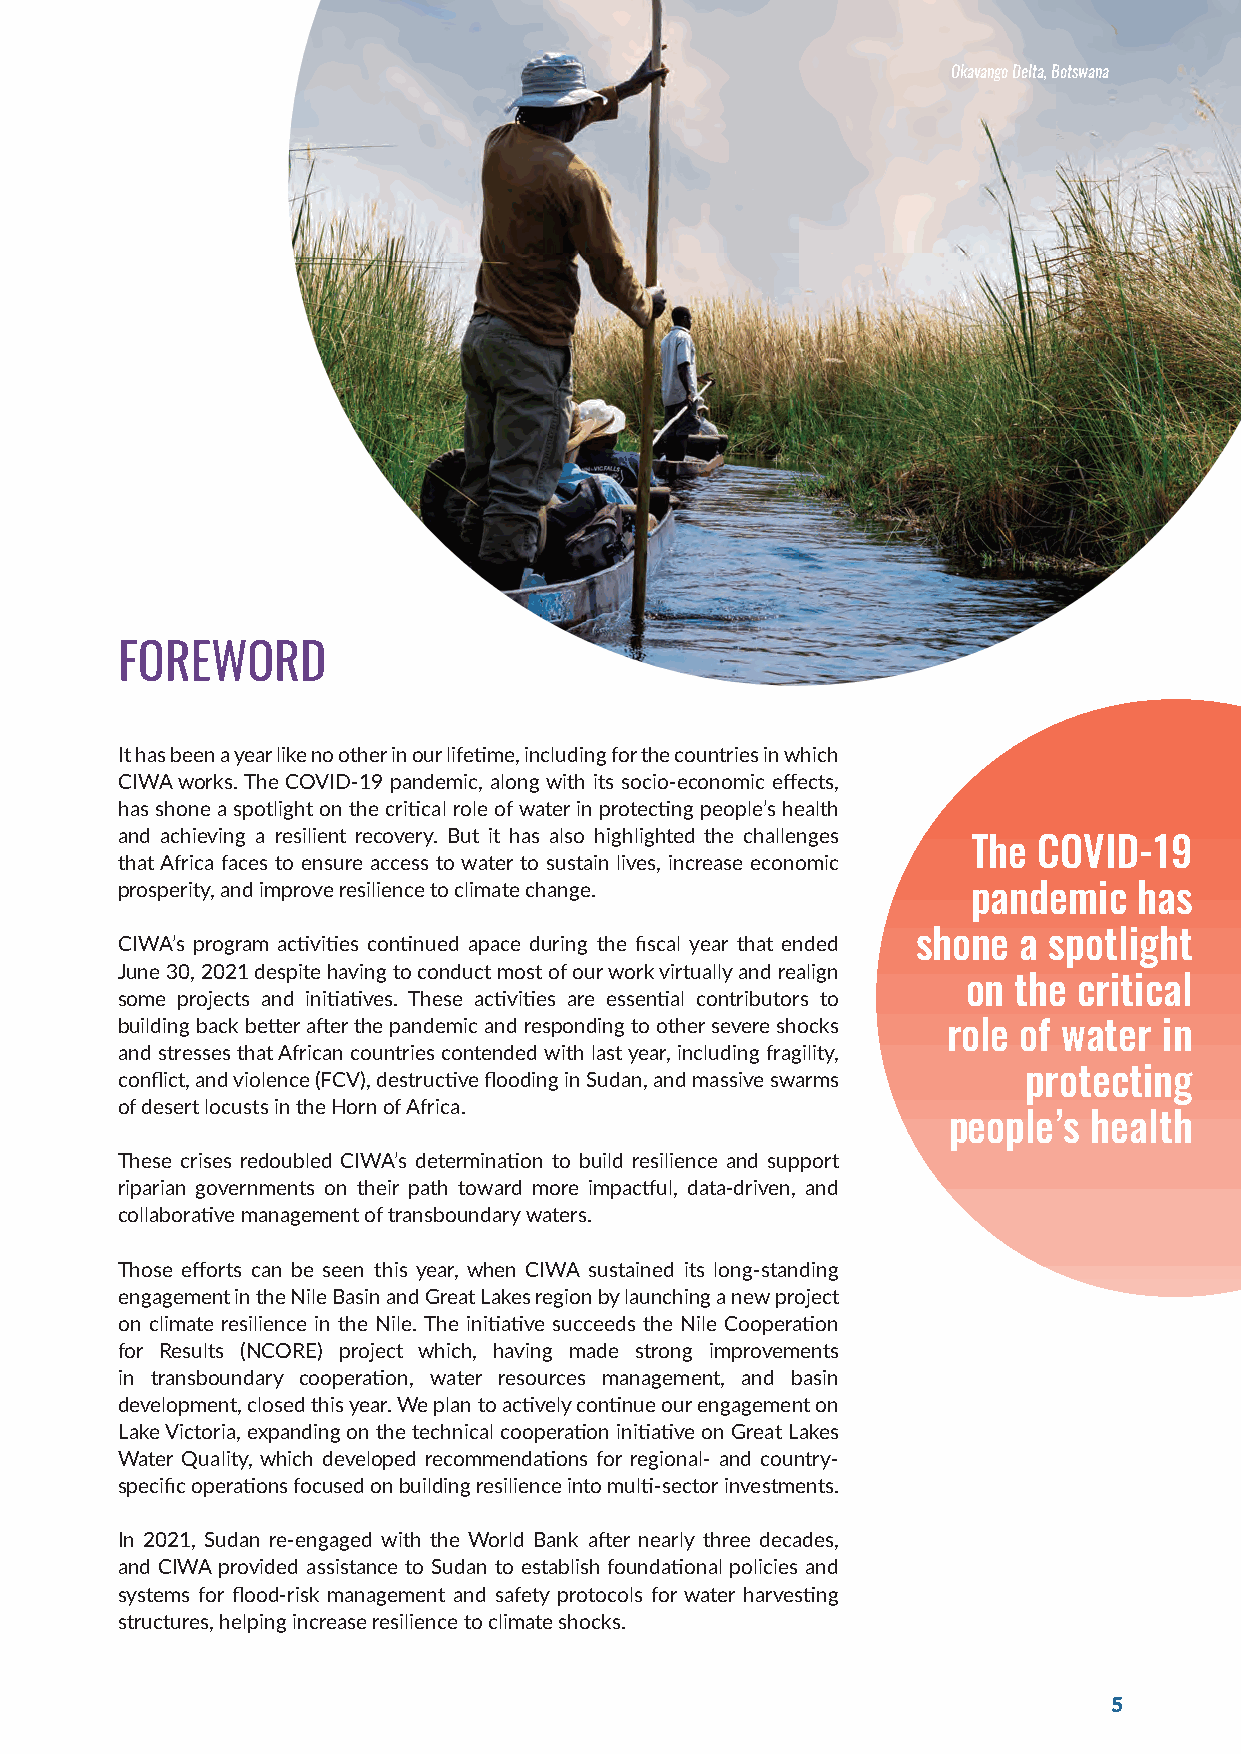
CIWA ANNUAL REOPkaOvanRgoT D e|lt aF, BYot2sw0an2a1
 FOREWORD
 It has been a year like no other in our lifetime, including for the countries in which
 CIWA works. The COVID-19 pandemic, along with its socio-economic effects,
 has shone a spotlight on the critical role of water in protecting people’s health
 and achieving a resilient recovery. But it has also highlighted the challenges
 The  COVID-19
 that Africa faces to ensure access to water to sustain lives, increase economic
 prosperity, and improve resilience to climate change.   pandemic   has
 CIWA’s program activities continued apace during the fiscal year that ended shone a spotlight
 June 30, 2021 despite having to conduct most of our work virtually and realign
 on the critical
 some projects and initiatives. These activities are essential contributors to
 building back better after the pandemic and responding to other severe shocks role of water in
 and stresses that African countries contended with last year, including fragility,
 conflict, and violence (FCV), destructive flooding in Sudan, and massive swarms protecting
 of desert locusts in the Horn of Africa.
 people’s health
 These crises redoubled CIWA’s determination to build resilience and support
 riparian governments on their path toward more impactful, data-driven, and
 collaborative management of transboundary waters.
 Those efforts can be seen this year, when CIWA sustained its long-standing
 engagement in the Nile Basin and Great Lakes region by launching a new project
 on climate resilience in the Nile. The initiative succeeds the Nile Cooperation
 for Results (NCORE) project which, having made strong improvements
 in transboundary cooperation, water resources management, and basin
 development, closed this year. We plan to actively continue our engagement on
 Lake Victoria, expanding on the technical cooperation initiative on Great Lakes
 Water Quality, which developed recommendations for regional- and country-
 specific operations focused on building resilience into multi-sector investments.
 In 2021, Sudan re-engaged with the World Bank after nearly three decades,
 and CIWA provided assistance to Sudan to establish foundational policies and
 systems for flood-risk management and safety protocols for water harvesting
 structures, helping increase resilience to climate shocks.
 5